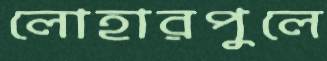
লোহারপুলে